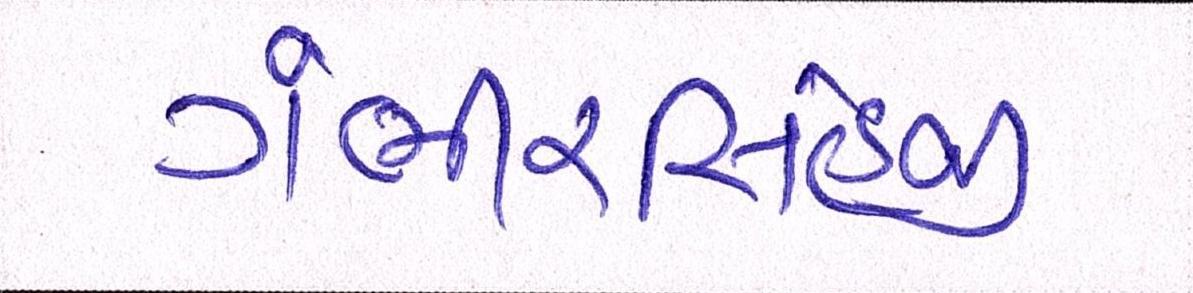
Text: ગંભીરસિંહજી